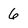
Character: 6